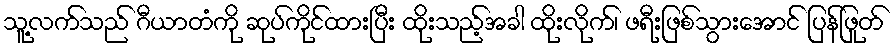
သူ့လက်သည် ဂီယာတံကို ဆုပ်ကိုင်ထားပြီး ထိုးသည့်အခါ ထိုးလိုက်၊ ဖရီးဖြစ်သွားအောင် ပြန်ဖြုတ်